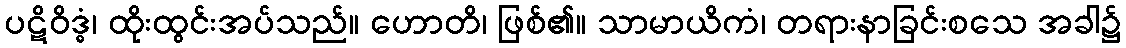
ပဋိဝိဒ္ဓံ၊ ထိုးထွင်းအပ်သည်။ ဟောတိ၊ ဖြစ်၏။ သာမာယိကံ၊ တရားနာခြင်းစသေ အခါ၌